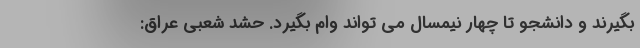
بگیرند و دانشجو تا چهار نیمسال می تواند وام بگیرد. حشد شعبی عراق: